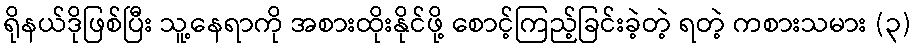
ရိုနယ်ဒိုဖြစ်ပြီး သူ့နေရာကို အစားထိုးနိုင်ဖို့ စောင့်ကြည့်ခြင်းခဲ့တဲ့ ရတဲ့ ကစားသမား (၃)